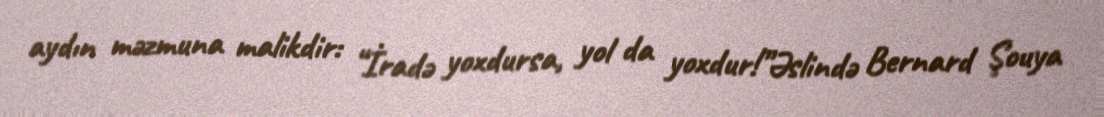
aydın məzmuna malikdir: “İradə yoxdursa, yol da yoxdur!”Əslində Bernard Şouya